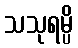
သသုရမ္ပိ